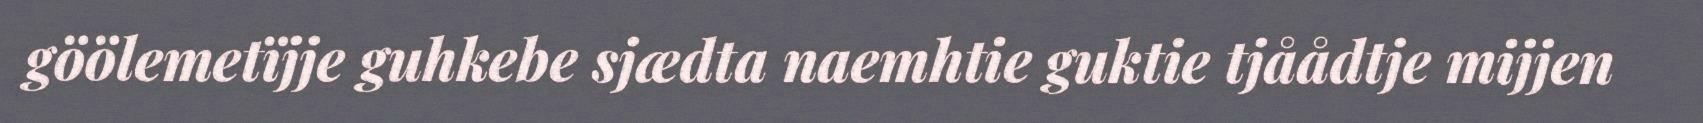
göölemetïjje guhkebe sjædta naemhtie guktie tjåådtje mijjen